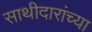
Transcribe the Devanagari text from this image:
साथीदारांच्या